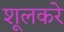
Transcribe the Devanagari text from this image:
शूलकरे